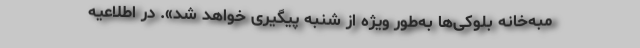
مبه‌خانه بلوکی‌ها به‌طور ویژه از شنبه پیگیری خواهد شد». در اطلاعیه